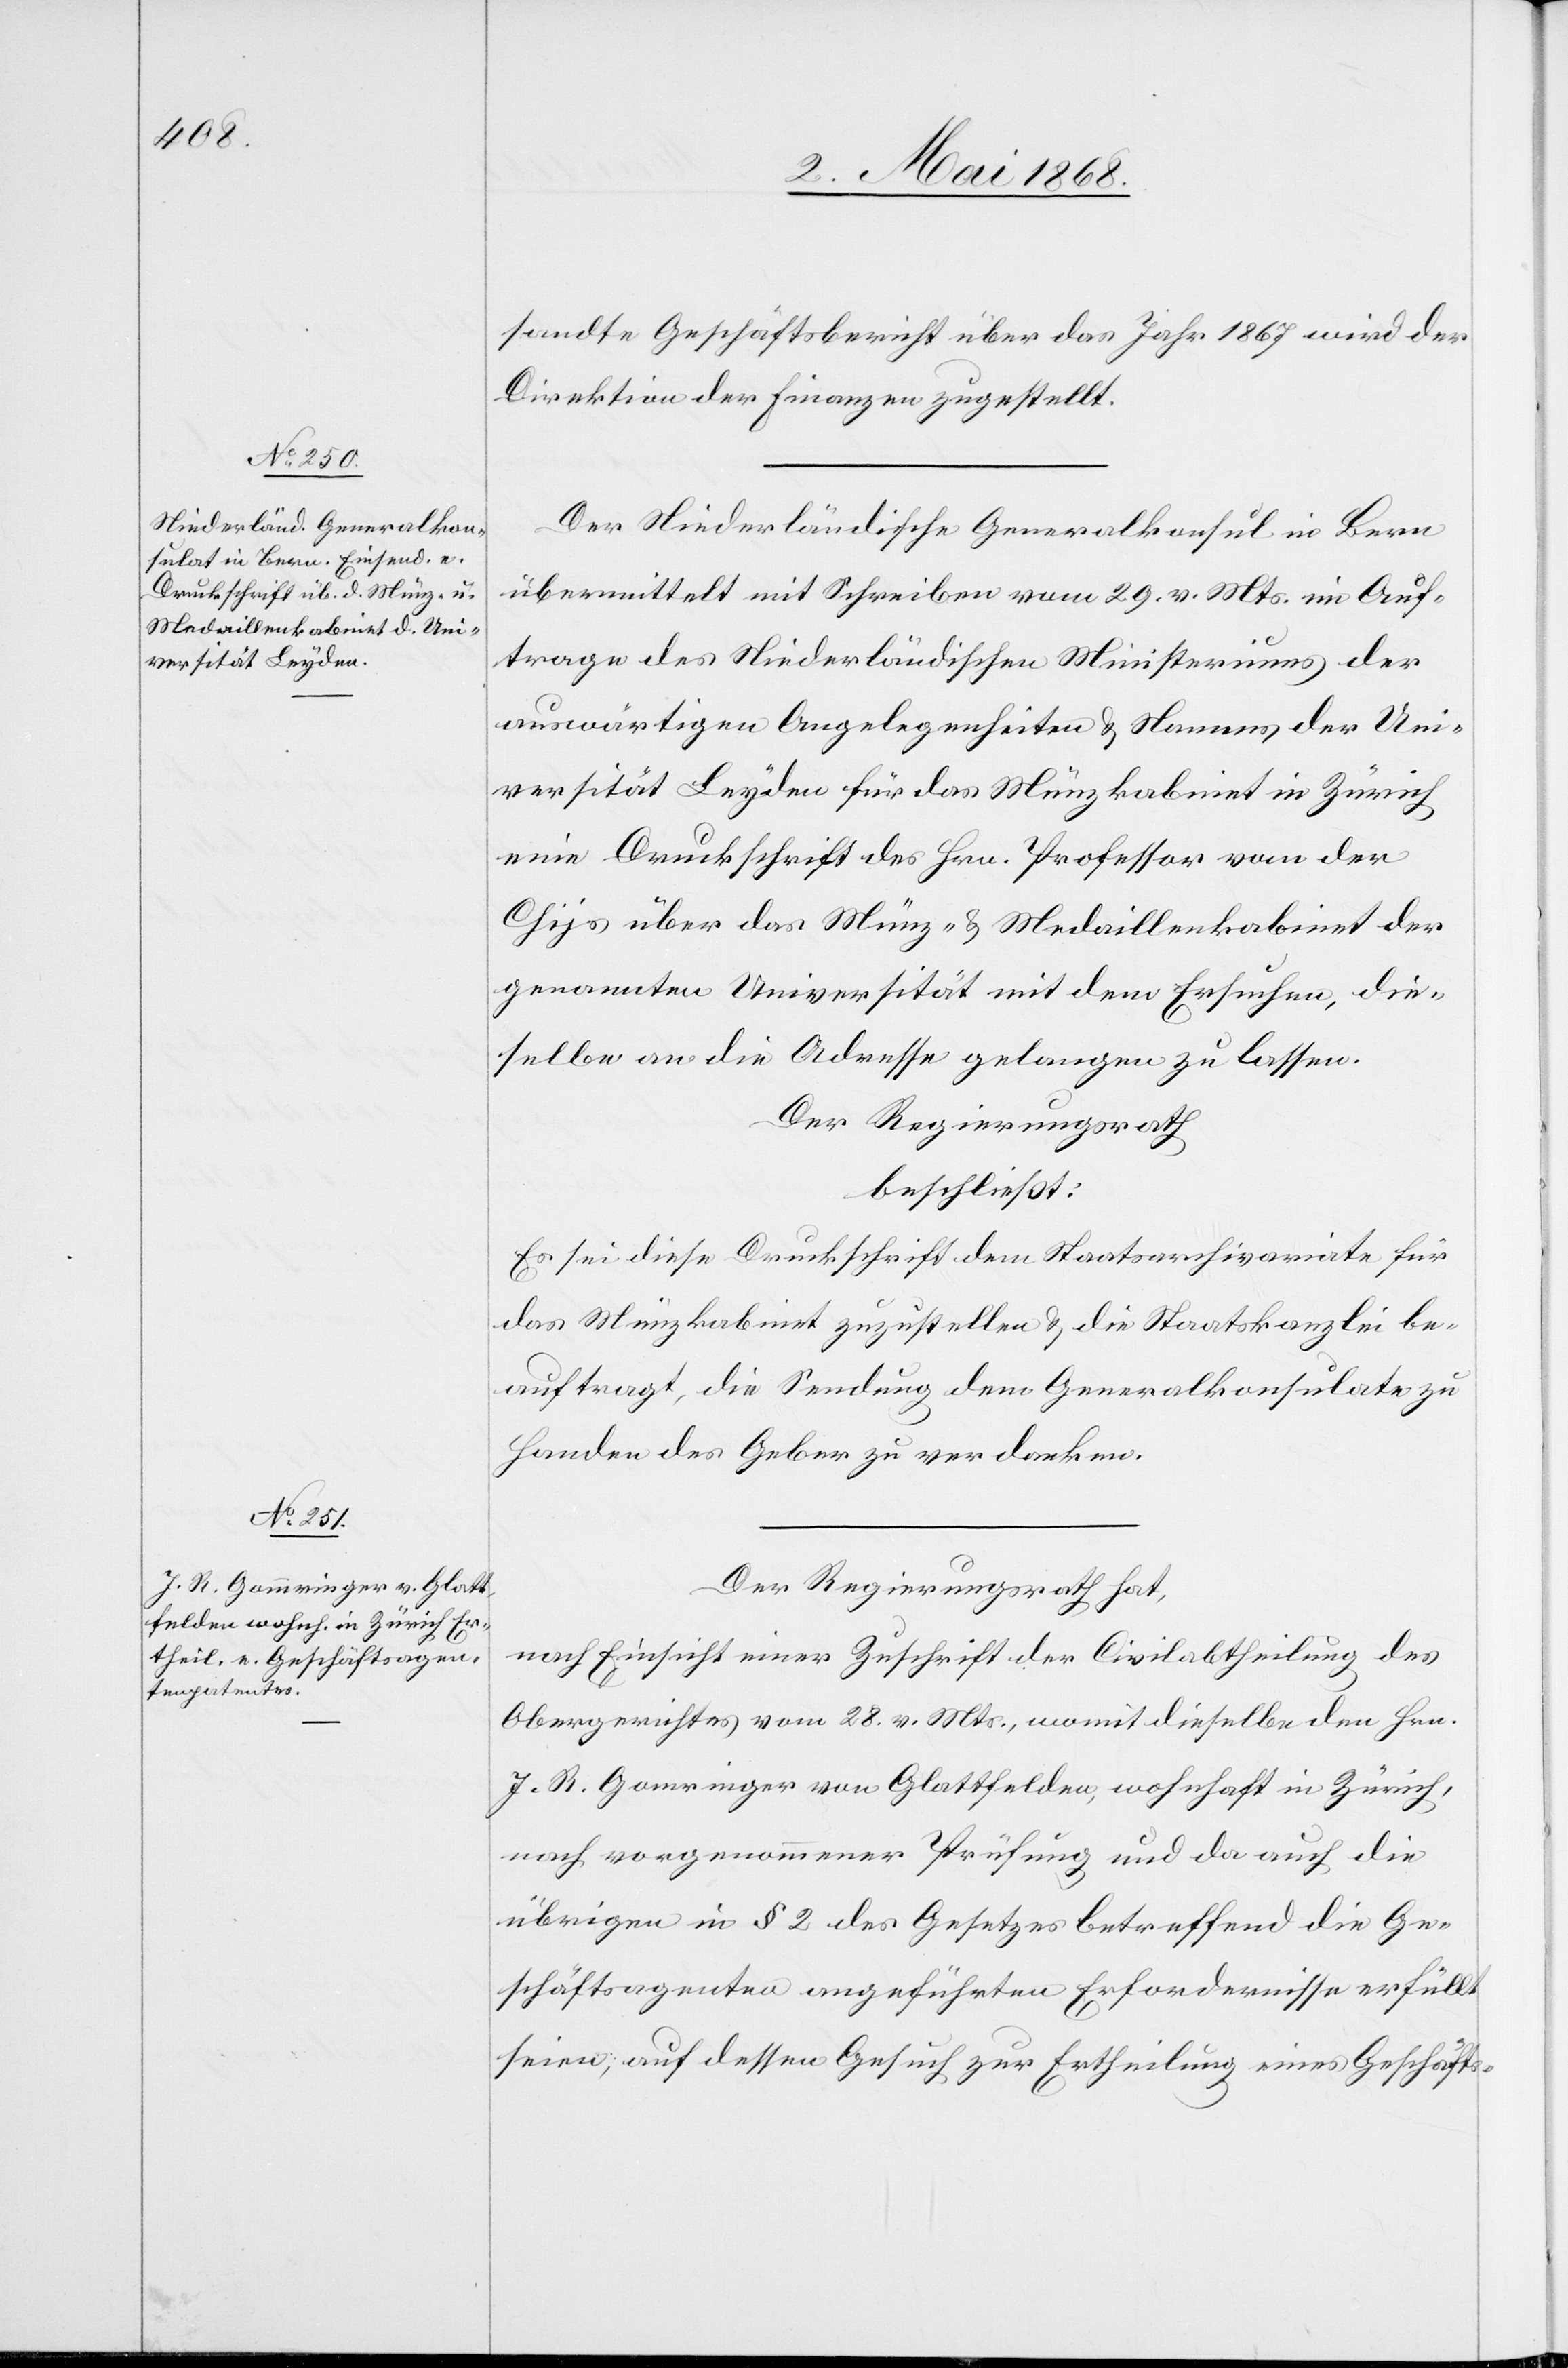
sandte Geschäftsbericht über das Jahr 1867 wird der
Direktion der Finanzen zugestellt.
Der Niederländische Generalkonsul in Bern
übermittelt mit Schreiben vom 29. v. Mts. im Auf¬
trage des Niederländischen Ministeriums der
auswärtigen Angelegenheiten & Namens der Uni¬
versität Leyden für das Münzkabinet in Zürich
eine Druckschrift des Hrn. Professor van der
Chijs über das Münz- & Medaillenkabinet der
genannten Universität mit dem Ersuchen, die¬
selbe an die Adresse gelangen zu lassen.
Der Regierungsrath
beschließt:
Es sei diese Druckschrift dem Staatsarchivariate für
das Münzkabinet zuzustellen & die Staatskanzlei be¬
auftragt, die Sendung dem Generalkonsulate zu
Handen des Geber[s] zu verdanken.
Der Regierungsrath hat,
nach Einsicht einer Zuschrift der Civilabtheilung des
Obergerichtes vom 28. v. Mts., womit dieselbe den Hrn.
J. R. Gomringer [sic!] von Glattfelden, wohnhaft in Zürich,
nach vorgenommener Prüfung und da auch die
übrigen in § 2 des Gesetzes betreffend die Ge¬
schäftsagenten angeführten Erfordernisse erfüllt
seien; auf dessen Gesuch zur Ertheilung eines Geschäfts-